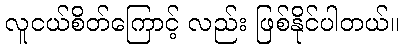
လူငယ်စိတ်ကြောင့် လည်း ဖြစ်နိုင်ပါတယ်။